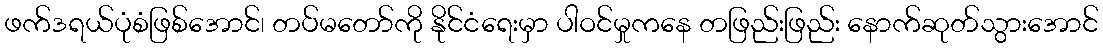
ဖက်ဒရယ်ပုံစံဖြစ်အောင်၊ တပ်မတော်ကို နိုင်ငံရေးမှာ ပါဝင်မှုကနေ တဖြည်းဖြည်း နောက်ဆုတ်သွားအောင်